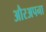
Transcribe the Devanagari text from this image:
औरअपना